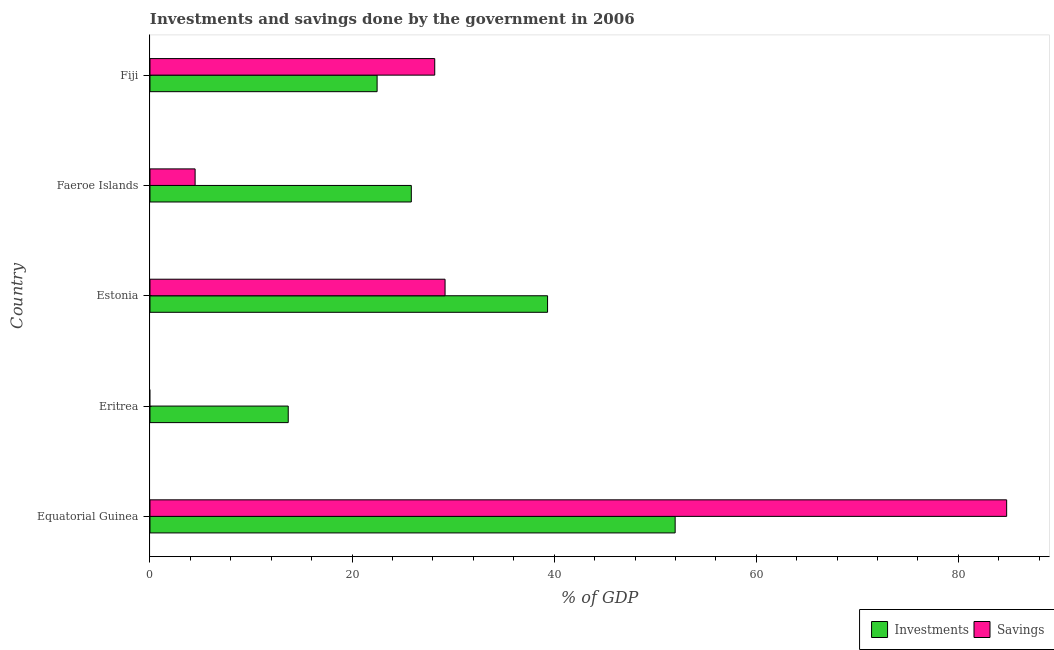
| Country | Investments | Savings |
 | --- | --- | --- |
 | Equatorial Guinea | 52 | 84.8 |
 | Eritrea | 13.7 | -17.8 |
 | Estonia | 39.3 | 29.2 |
 | Faeroe Islands | 25.9 | 4.47 |
 | Fiji | 22.5 | 28.2 |